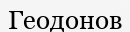
Геодонов